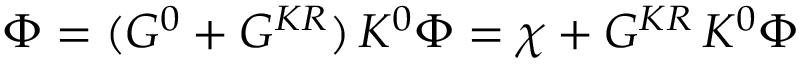
\Phi = ( G ^ { 0 } + G ^ { K R } ) \, K ^ { 0 } \Phi = \chi + G ^ { K R } \, K ^ { 0 } \Phi